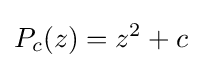
P_{c}(z)=z^{2}+c